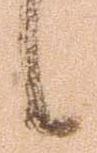
候